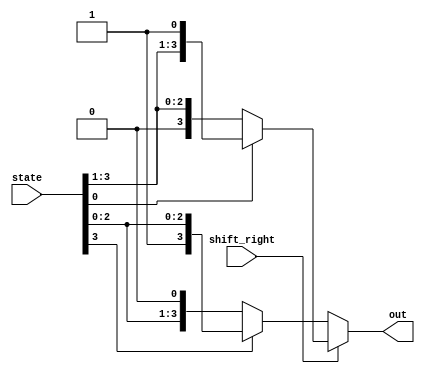
module shifter ( 
  input wire shift_right, 
  input wire [3:0] state, 
  output wire [3:0] out
);

  reg [3:0] shifted;
  
  always @* begin
    if(shift_right) begin
      
      if(state[0] != 1)begin
      	shifted = state >> 1;
      end
      
      else begin
        shifted = state;
      end 
      
    end

    else begin
      if(state[3] != 1'b1) begin
      	shifted = state << 1;
      end
      else begin
        shifted = state;
      end
    end
  end
  
  assign out = shifted;
  
  
endmodule